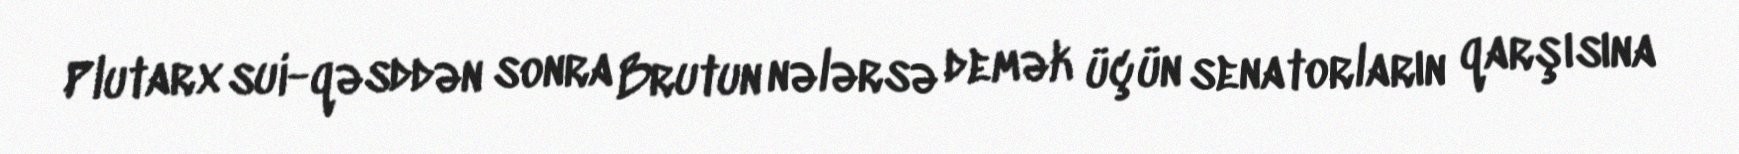
Plutarx sui-qəsddən sonra Brutun nələrsə demək üçün senatorların qarşısına